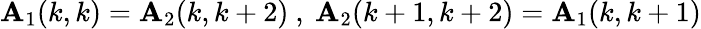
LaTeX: \mathbf{A}_{1}(k,k)=\mathbf{A}_{2}(k,k+2)\ ,\ \mathbf{A}_{2}(k+1,k+2)=\mathbf{A}_{1}(k,k+1)